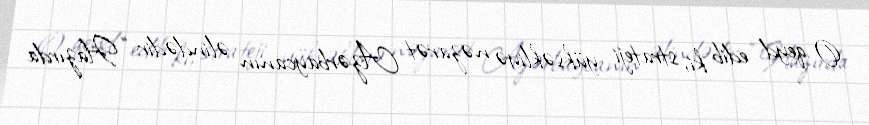
O qeyd edib ki, strateji yüksəkliyə nəzarət Azərbaycanın əlindədir: “Hazırda